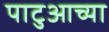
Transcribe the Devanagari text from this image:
पाटुआच्या